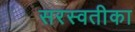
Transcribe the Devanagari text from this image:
सरस्वतीका